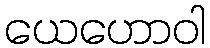
ယေဟောဝါ